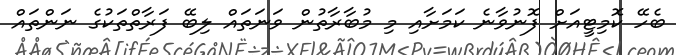
ބެހޭ ކޮމިޓީއަށް ފޮނުވާނެ ކަމަށާއި މި މުބާރާތުން ވަނަތައް ލިބޭ ފަރާތްތަކުގެ ނަންތައް